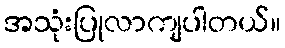
အသုံးပြုလာကျပါတယ်။